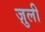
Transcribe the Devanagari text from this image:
ज़ुली